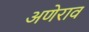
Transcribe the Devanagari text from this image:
अणेराव